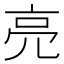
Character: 亮